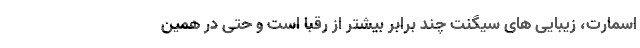
اسمارت، زیبایی های سیگنت چند برابر بیشتر از رقبا است و حتی در همین